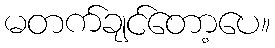
မတက်ချင်တော့ပေ။